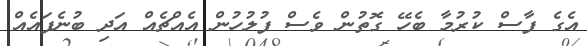
އެގެ ފާސް ކުރުމާ ބެހޭ ގޮތުން ވެސް ފުުލުހުން އެއްޗެއް އަދި ބުނެފައެއް